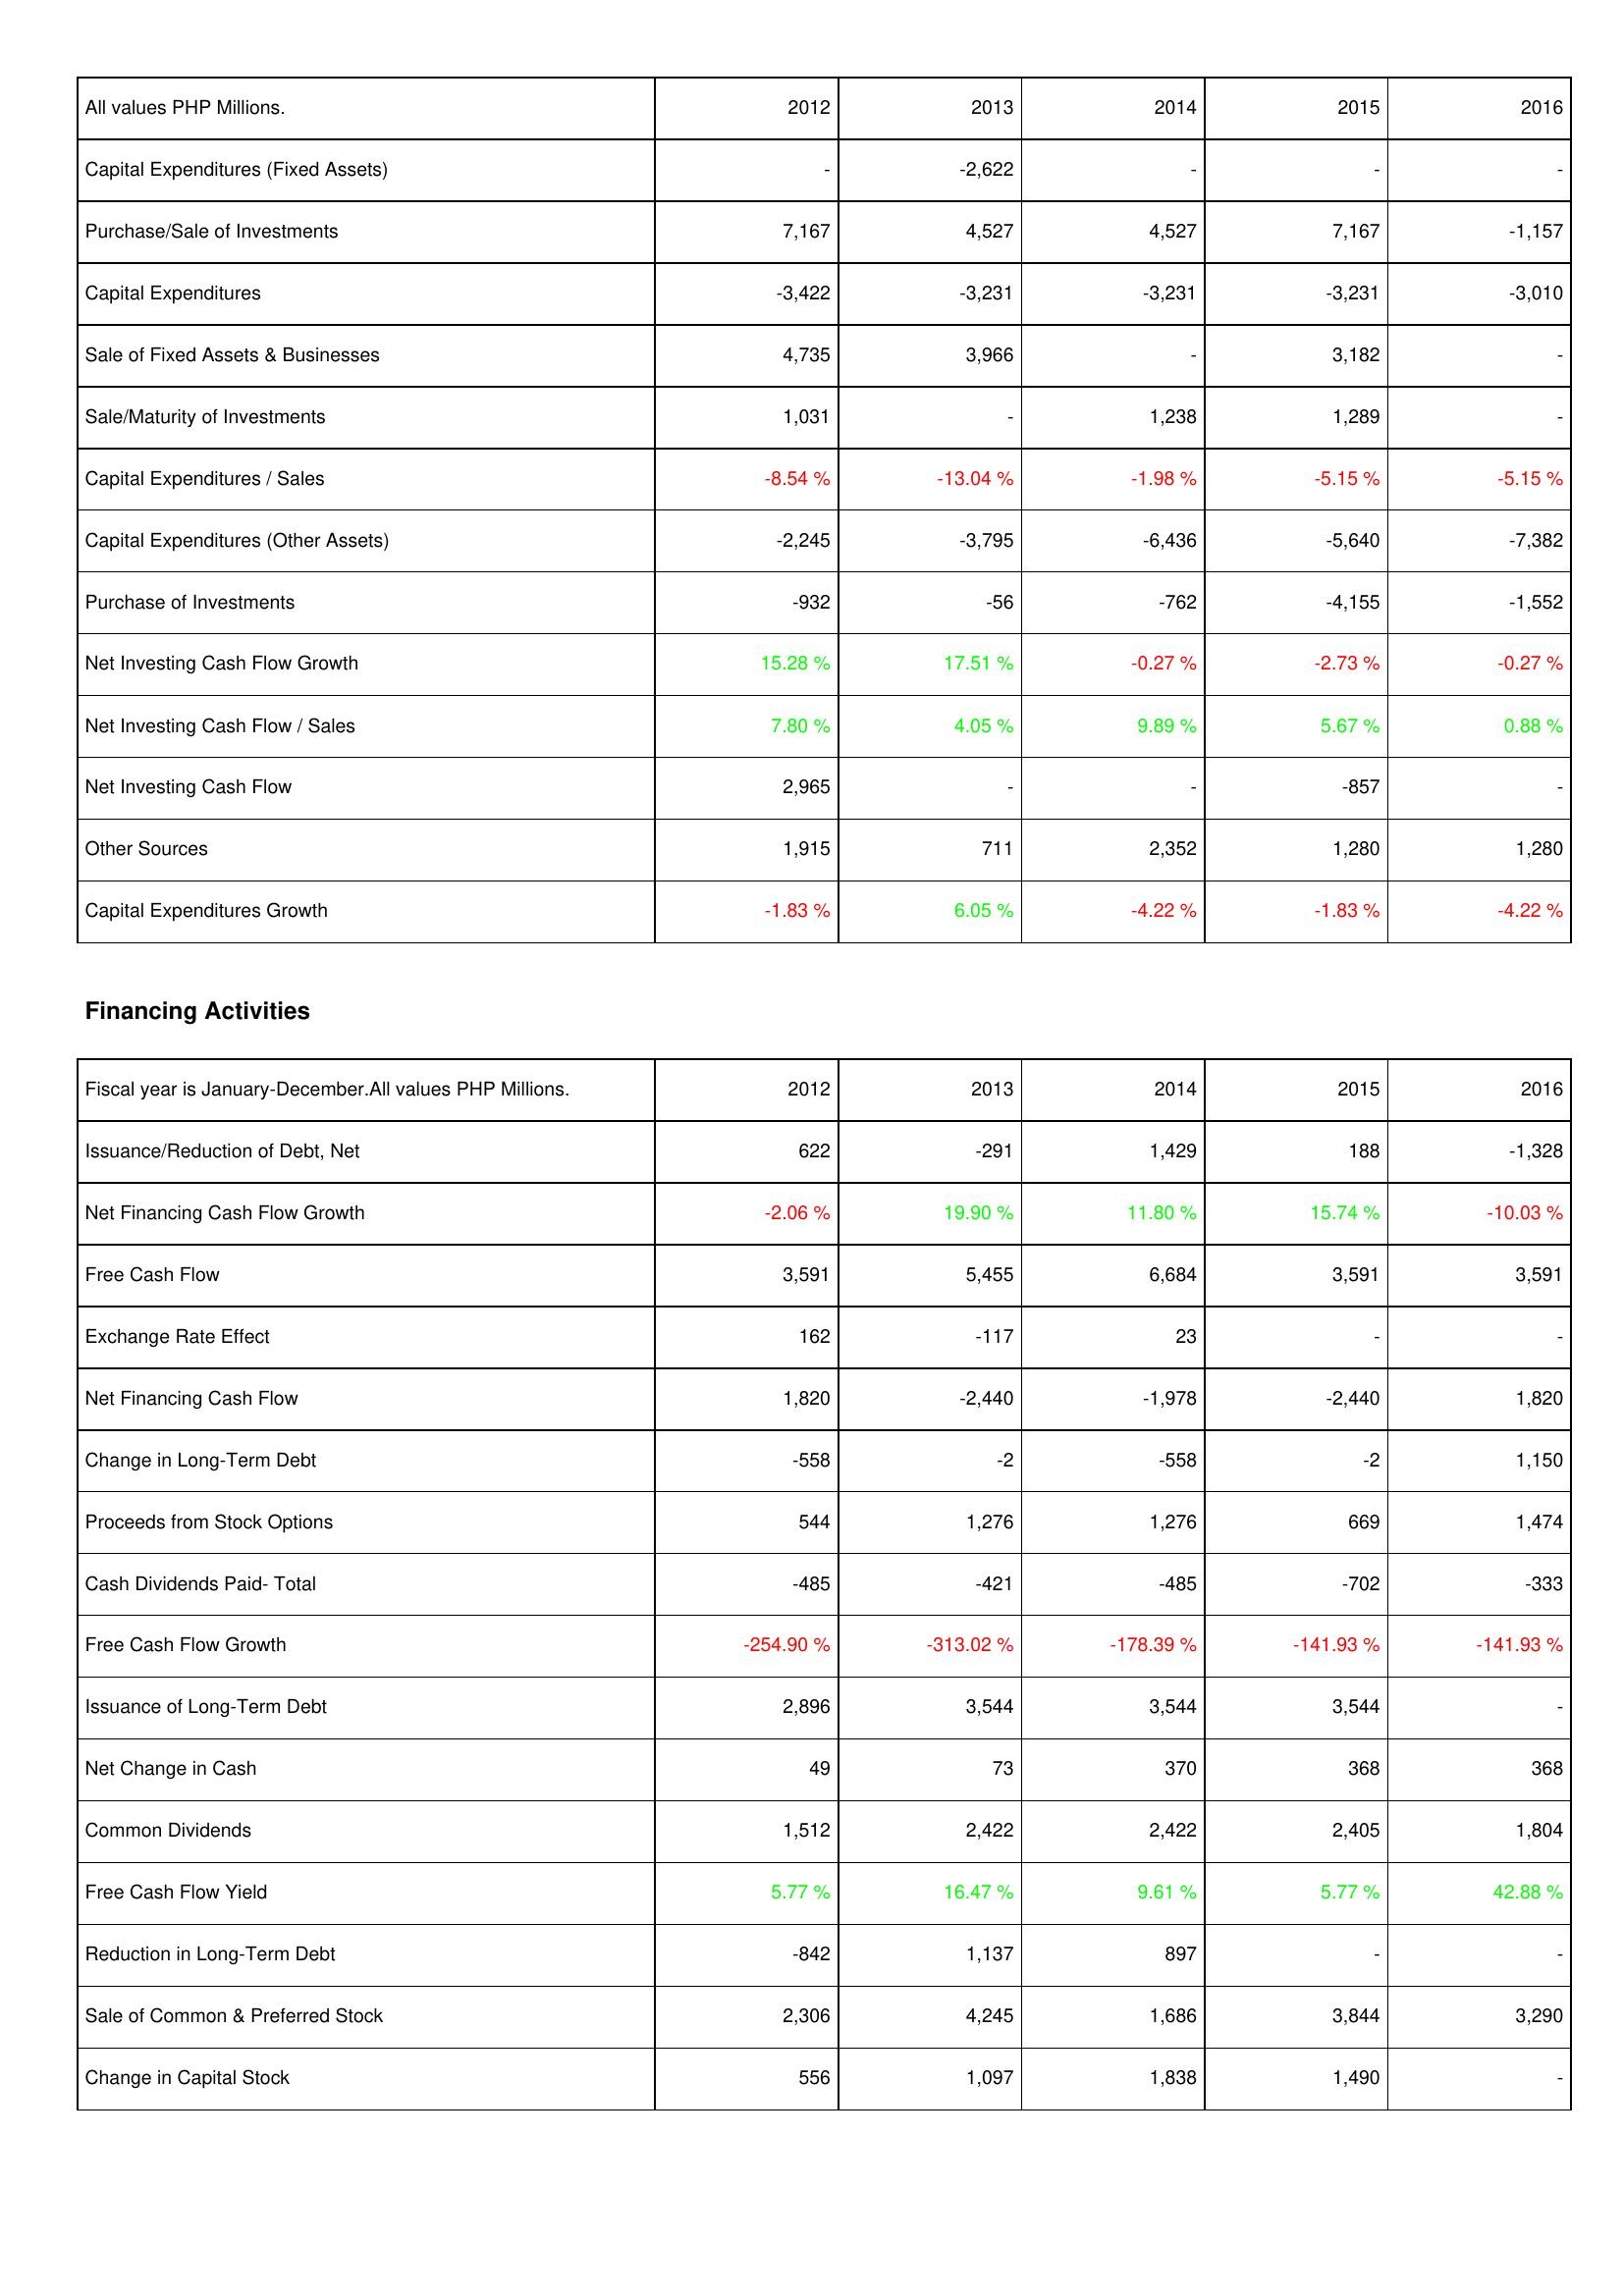
2012: Investing Activities: Capital Expenditures (Fixed Assets): -
Purchase/Sale of Investments: 7,167
Capital Expenditures: -3,422
Sale of Fixed Assets & Businesses: 4,735
Sale/Maturity of Investments: 1,031
Capital Expenditures / Sales: -8.54 %
Capital Expenditures (Other Assets): -2,245
Purchase of Investments: -932
Net Investing Cash Flow Growth: 15.28 %
Net Investing Cash Flow / Sales: 7.80 %
Net Investing Cash Flow: 2,965
Other Sources: 1,915
Capital Expenditures Growth: -1.83 %
Financing Activities: Issuance/Reduction of Debt, Net: 622
Net Financing Cash Flow Growth: -2.06 %
Free Cash Flow: 3,591
Exchange Rate Effect: 162
Net Financing Cash Flow: 1,820
Change in Long-Term Debt: -558
Proceeds from Stock Options: 544
Cash Dividends Paid- Total: -485
Free Cash Flow Growth: -254.90 %
Issuance of Long-Term Debt: 2,896
Net Change in Cash: 49
Common Dividends: 1,512
Free Cash Flow Yield: 5.77 %
Reduction in Long-Term Debt: -842
Sale of Common & Preferred Stock: 2,306
Change in Capital Stock: 556
2013: Investing Activities: Capital Expenditures (Fixed Assets): -2,622
Purchase/Sale of Investments: 4,527
Capital Expenditures: -3,231
Sale of Fixed Assets & Businesses: 3,966
Sale/Maturity of Investments: -
Capital Expenditures / Sales: -13.04 %
Capital Expenditures (Other Assets): -3,795
Purchase of Investments: -56
Net Investing Cash Flow Growth: 17.51 %
Net Investing Cash Flow / Sales: 4.05 %
Net Investing Cash Flow: -
Other Sources: 711
Capital Expenditures Growth: 6.05 %
Financing Activities: Issuance/Reduction of Debt, Net: -291
Net Financing Cash Flow Growth: 19.90 %
Free Cash Flow: 5,455
Exchange Rate Effect: -117
Net Financing Cash Flow: -2,440
Change in Long-Term Debt: -2
Proceeds from Stock Options: 1,276
Cash Dividends Paid- Total: -421
Free Cash Flow Growth: -313.02 %
Issuance of Long-Term Debt: 3,544
Net Change in Cash: 73
Common Dividends: 2,422
Free Cash Flow Yield: 16.47 %
Reduction in Long-Term Debt: 1,137
Sale of Common & Preferred Stock: 4,245
Change in Capital Stock: 1,097
2014: Investing Activities: Capital Expenditures (Fixed Assets): -
Purchase/Sale of Investments: 4,527
Capital Expenditures: -3,231
Sale of Fixed Assets & Businesses: -
Sale/Maturity of Investments: 1,238
Capital Expenditures / Sales: -1.98 %
Capital Expenditures (Other Assets): -6,436
Purchase of Investments: -762
Net Investing Cash Flow Growth: -0.27 %
Net Investing Cash Flow / Sales: 9.89 %
Net Investing Cash Flow: -
Other Sources: 2,352
Capital Expenditures Growth: -4.22 %
Financing Activities: Issuance/Reduction of Debt, Net: 1,429
Net Financing Cash Flow Growth: 11.80 %
Free Cash Flow: 6,684
Exchange Rate Effect: 23
Net Financing Cash Flow: -1,978
Change in Long-Term Debt: -558
Proceeds from Stock Options: 1,276
Cash Dividends Paid- Total: -485
Free Cash Flow Growth: -178.39 %
Issuance of Long-Term Debt: 3,544
Net Change in Cash: 370
Common Dividends: 2,422
Free Cash Flow Yield: 9.61 %
Reduction in Long-Term Debt: 897
Sale of Common & Preferred Stock: 1,686
Change in Capital Stock: 1,838
2015: Investing Activities: Capital Expenditures (Fixed Assets): -
Purchase/Sale of Investments: 7,167
Capital Expenditures: -3,231
Sale of Fixed Assets & Businesses: 3,182
Sale/Maturity of Investments: 1,289
Capital Expenditures / Sales: -5.15 %
Capital Expenditures (Other Assets): -5,640
Purchase of Investments: -4,155
Net Investing Cash Flow Growth: -2.73 %
Net Investing Cash Flow / Sales: 5.67 %
Net Investing Cash Flow: -857
Other Sources: 1,280
Capital Expenditures Growth: -1.83 %
Financing Activities: Issuance/Reduction of Debt, Net: 188
Net Financing Cash Flow Growth: 15.74 %
Free Cash Flow: 3,591
Exchange Rate Effect: -
Net Financing Cash Flow: -2,440
Change in Long-Term Debt: -2
Proceeds from Stock Options: 669
Cash Dividends Paid- Total: -702
Free Cash Flow Growth: -141.93 %
Issuance of Long-Term Debt: 3,544
Net Change in Cash: 368
Common Dividends: 2,405
Free Cash Flow Yield: 5.77 %
Reduction in Long-Term Debt: -
Sale of Common & Preferred Stock: 3,844
Change in Capital Stock: 1,490
2016: Investing Activities: Capital Expenditures (Fixed Assets): -
Purchase/Sale of Investments: -1,157
Capital Expenditures: -3,010
Sale of Fixed Assets & Businesses: -
Sale/Maturity of Investments: -
Capital Expenditures / Sales: -5.15 %
Capital Expenditures (Other Assets): -7,382
Purchase of Investments: -1,552
Net Investing Cash Flow Growth: -0.27 %
Net Investing Cash Flow / Sales: 0.88 %
Net Investing Cash Flow: -
Other Sources: 1,280
Capital Expenditures Growth: -4.22 %
Financing Activities: Issuance/Reduction of Debt, Net: -1,328
Net Financing Cash Flow Growth: -10.03 %
Free Cash Flow: 3,591
Exchange Rate Effect: -
Net Financing Cash Flow: 1,820
Change in Long-Term Debt: 1,150
Proceeds from Stock Options: 1,474
Cash Dividends Paid- Total: -333
Free Cash Flow Growth: -141.93 %
Issuance of Long-Term Debt: -
Net Change in Cash: 368
Common Dividends: 1,804
Free Cash Flow Yield: 42.88 %
Reduction in Long-Term Debt: -
Sale of Common & Preferred Stock: 3,290
Change in Capital Stock: -